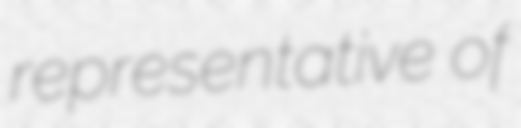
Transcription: representative of